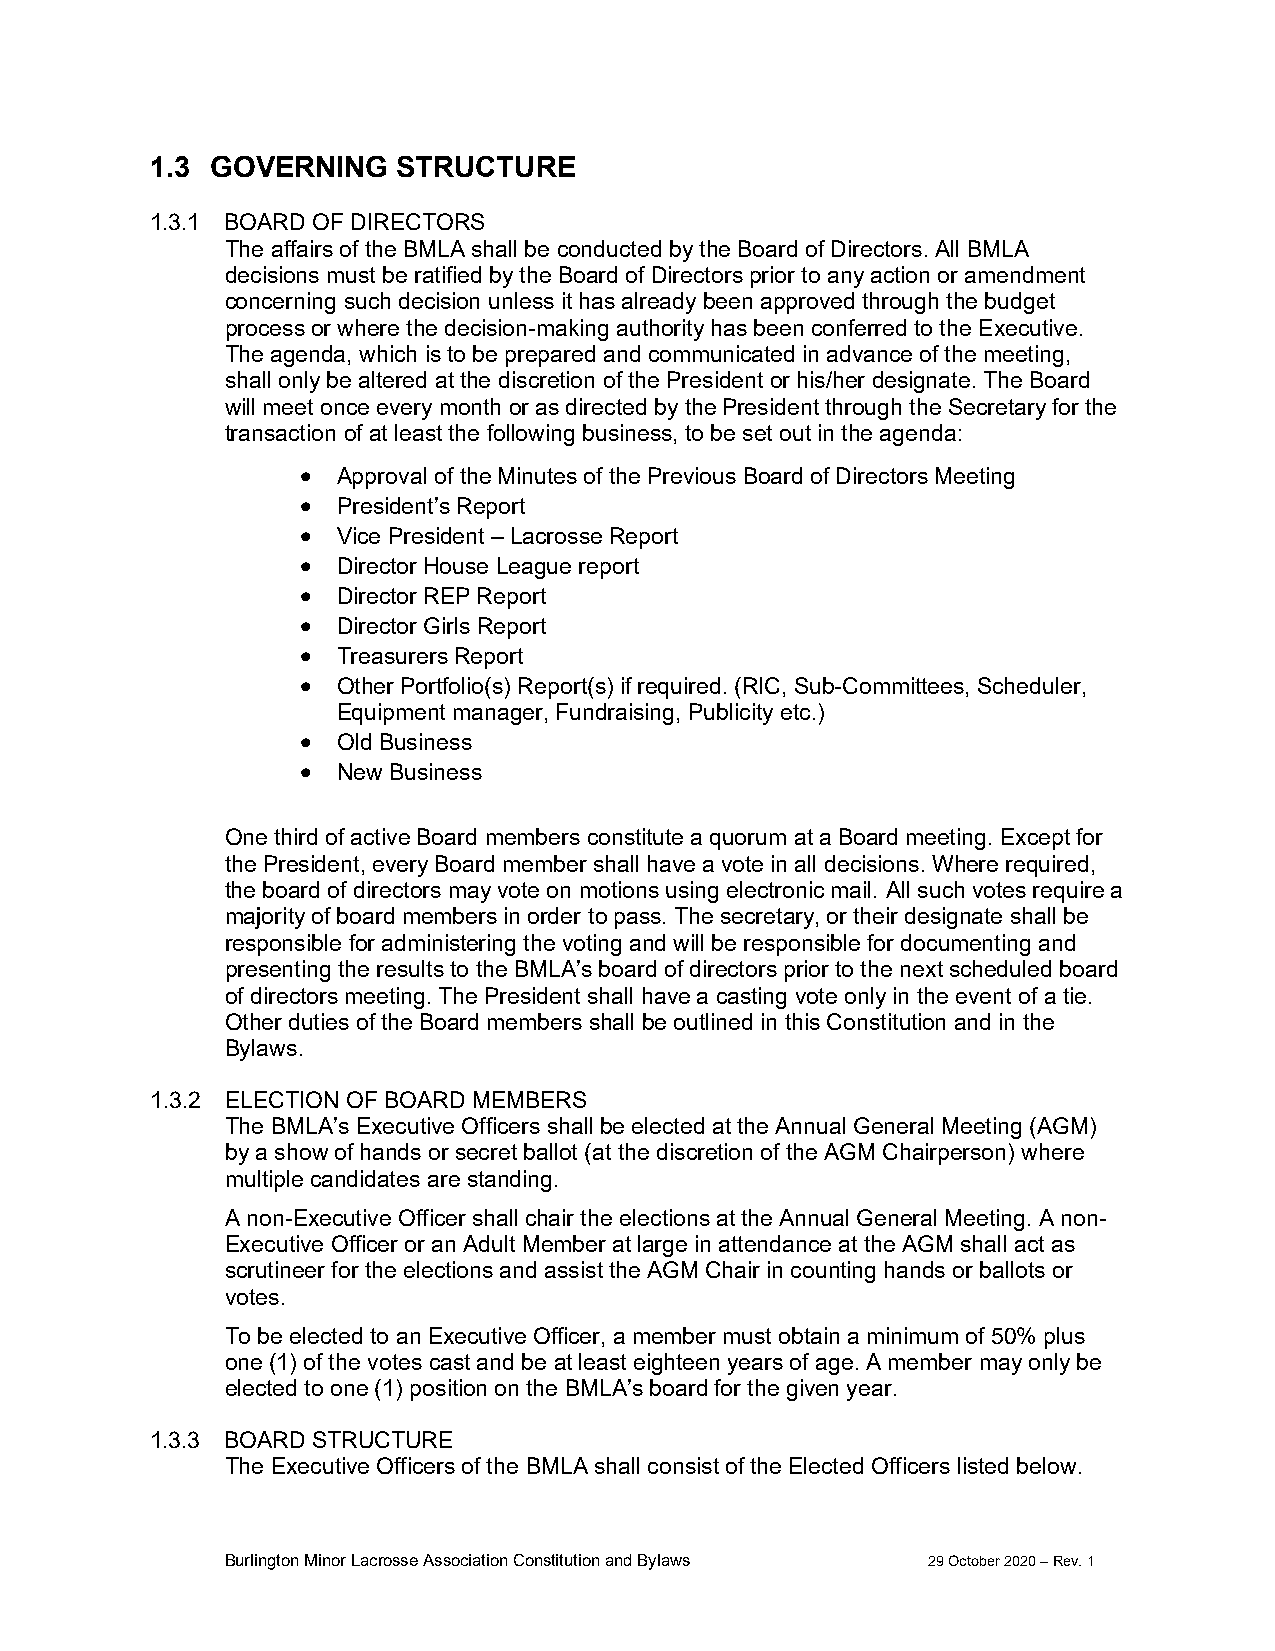
1.3 GOVERNING   STRUCTURE
 1.3.1 BOARD OF DIRECTORS
 The affairs of the BMLA shall be conducted by the Board of Directors. All BMLA
 decisions must be ratified by the Board of Directors prior to any action or amendment
 concerning such decision unless it has already been approved through the budget
 process or where the decision-making authority has been conferred to the Executive.
 The agenda, which is to be prepared and communicated in advance of the meeting,
 shall only be altered at the discretion of the President or his/her designate. The Board
 will meet once every month or as directed by the President through the Secretary for the
 transaction of at least the following business, to be set out in the agenda:
  Approval of the Minutes of the Previous Board of Directors Meeting
  President’s Report
  Vice President – Lacrosse Report
  Director House League report
  Director REP Report
  Director Girls Report
  Treasurers Report
  Other Portfolio(s) Report(s) if required. (RIC, Sub-Committees, Scheduler,
 Equipment manager, Fundraising, Publicity etc.)
  Old Business
  New Business
 One third of active Board members constitute a quorum at a Board meeting. Except for
 the President, every Board member shall have a vote in all decisions. Where required,
 the board of directors may vote on motions using electronic mail. All such votes require a
 majority of board members in order to pass. The secretary, or their designate shall be
 responsible for administering the voting and will be responsible for documenting and
 presenting the results to the BMLA’s board of directors prior to the next scheduled board
 of directors meeting. The President shall have a casting vote only in the event of a tie.
 Other duties of the Board members shall be outlined in this Constitution and in the
 Bylaws.
 1.3.2 ELECTION OF BOARD MEMBERS
 The BMLA’s Executive Officers shall be elected at the Annual General Meeting (AGM)
 by a show of hands or secret ballot (at the discretion of the AGM Chairperson) where
 multiple candidates are standing.
 A non-Executive Officer shall chair the elections at the Annual General Meeting. A non-
 Executive Officer or an Adult Member at large in attendance at the AGM shall act as
 scrutineer for the elections and assist the AGM Chair in counting hands or ballots or
 votes.
 To be elected to an Executive Officer, a member must obtain a minimum of 50% plus
 one (1) of the votes cast and be at least eighteen years of age. A member may only be
 elected to one (1) position on the BMLA’s board for the given year.
 1.3.3 BOARD STRUCTURE
 The Executive Officers of the BMLA shall consist of the Elected Officers listed below.
 Burlington Minor Lacrosse Association Constitution and Bylaws 29 October 2020 – Rev. 1